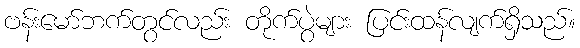
ဗန်းမော်ဘက်တွင်လည်း တိုက်ပွဲများ ပြင်းထန်လျက်ရှိသည်။